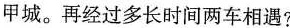
甲城。再经过多长时间两车相遇?